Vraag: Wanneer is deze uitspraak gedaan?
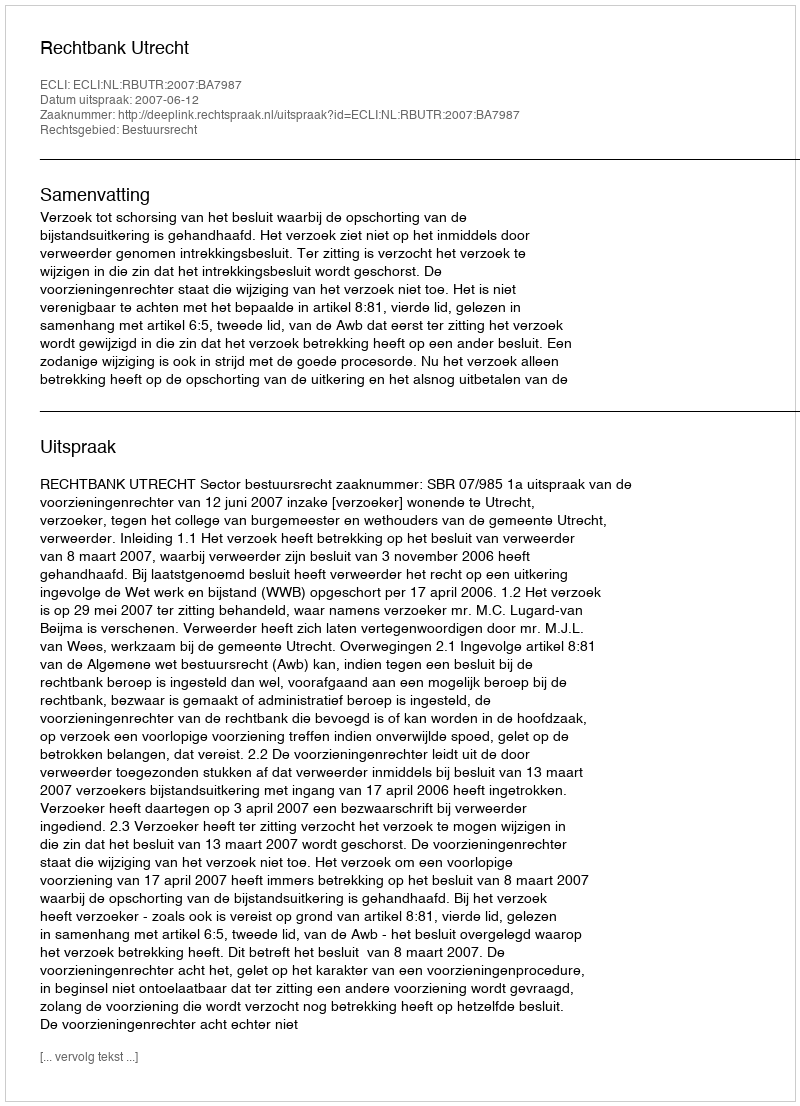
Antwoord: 2007-06-12